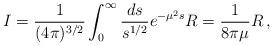
LaTeX: \begin{align*} I=\frac{1}{(4\pi)^{3/2}}\int_0^\infty\frac{ds}{s^{1/2}}e^{-\mu^2s}R =\frac{1}{8\pi\mu}R\,,\end{align*}